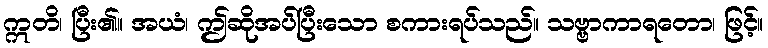
ဣတိ၊ ပြီး၏။ အယံ၊ ဤဆိုအပ်ပြီးသော စကားရပ်သည်။ သဗ္ဗာကာရတော၊ ဖြင့်။